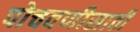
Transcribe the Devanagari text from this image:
पोचवणीसाठी